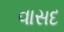
વાસદ